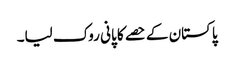
پاکستان کے حصے کا پانی روک لیا۔